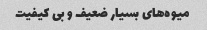
میوه‌های بسیار ضعیف و بی کیفیت